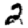
Digit: 2